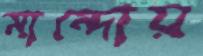
মান্দোয়